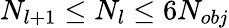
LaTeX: N_{l+1}\le N_{l}\le 6N_{obj}